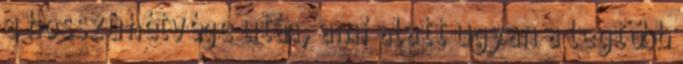
a hosszú hétvége után, ami alatt ugyan a legtöbb